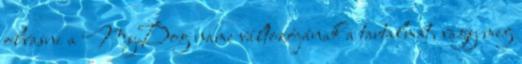
olvasni a MyDog name változójának a tartalmát, vagy meg